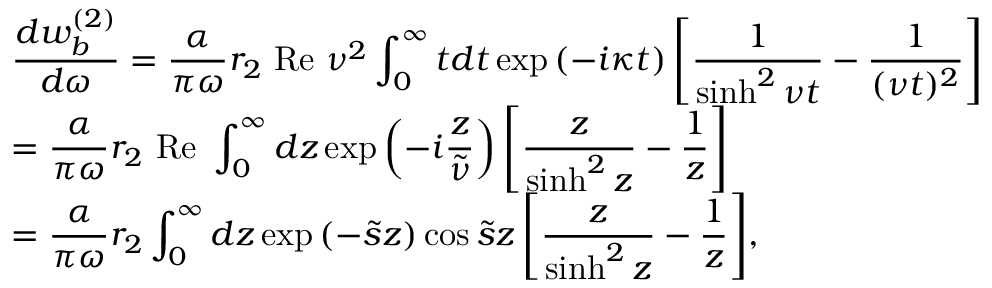
\begin{array} { l l } { { \displaystyle { \frac { d w _ { b } ^ { ( 2 ) } } { d \omega } = \frac { \alpha } { \pi \omega } r _ { 2 } ~ \mathrm { R e } ~ \nu ^ { 2 } \int _ { 0 } ^ { \infty } t d t \exp \left( - i \kappa t \right) \left[ \frac { 1 } { \sinh ^ { 2 } \nu t } - \frac { 1 } { ( \nu t ) ^ { 2 } } \right] } } } \\ { { \displaystyle { = \frac { \alpha } { \pi \omega } r _ { 2 } ~ \mathrm { R e } ~ \int _ { 0 } ^ { \infty } d z \exp \left( - i \frac { z } { \tilde { \nu } } \right) \left[ \frac { z } { \sinh ^ { 2 } z } - \frac { 1 } { z } \right] } } } \\ { { \displaystyle { = \frac { \alpha } { \pi \omega } r _ { 2 } \int _ { 0 } ^ { \infty } d z \exp \left( - \tilde { s } z \right) \cos \tilde { s } z \left[ \frac { z } { \sinh ^ { 2 } z } - \frac { 1 } { z } \right] } , } } \end{array}